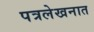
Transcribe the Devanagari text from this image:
पत्रलेखनात